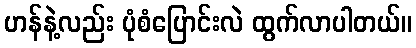
ဟန်နဲ့လည်း ပုံစံပြောင်းလဲ ထွက်လာပါတယ်။